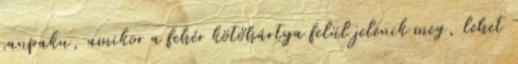
sanpaku, amikor a fehér kötőhártya felül jelenik meg, lehet